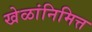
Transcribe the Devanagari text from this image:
खेळांनिमित्त